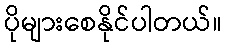
ပိုများစေနိုင်ပါတယ်။